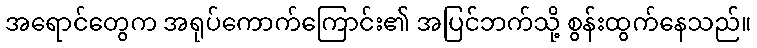
အရောင်တွေက အရုပ်ကောက်ကြောင်း၏ အပြင်ဘက်သို့ စွန်းထွက်နေသည်။